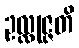
ဥလ္လုဇ္ဇတိ